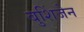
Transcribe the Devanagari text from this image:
बुशिंजेन